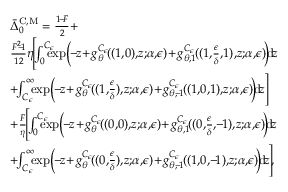
\begin{array} { r l } & { \bar { \Delta } _ { 0 } ^ { \mathrm { C , M } } = \frac { 1 \! - \! F } { 2 } + } \\ & { \frac { F ^ { 2 } \! \! - \! \! 1 } { 1 2 } \eta \! \Bigg [ \! \! \int _ { 0 } ^ { C _ { \epsilon } } \! \! \! \! \! \exp \! \Big ( \! \! - \! \! z \! + \! g _ { \theta } ^ { C _ { \epsilon } } \! ( ( 1 , \! 0 ) , \! z ; \! \alpha , \! \epsilon ) \! + \! g _ { \theta , 1 } ^ { C _ { \epsilon } } \! ( ( 1 , \! \frac { \epsilon } { \delta } , \! 1 ) , \! z ; \! \alpha , \! \epsilon ) \! \Big ) \! \mathrm { d } \! z } \\ & { + \! \! \int _ { C _ { \epsilon } } ^ { \infty } \! \! \! \exp \! \Big ( \! \! - \! \! z \! + \! g _ { \theta } ^ { C _ { \epsilon } } \! ( ( 1 , \! \frac { \epsilon } { \delta } ) , \! z ; \! \alpha , \! \epsilon ) \! + \! g _ { \theta , \! - \! 1 } ^ { C _ { \epsilon } } \! ( ( 1 , \! 0 , \! 1 ) , \! z ; \! \alpha , \! \epsilon ) \! \Big ) \! \mathrm { d } \! z \Bigg ] } \\ & { + \frac { F } { \eta } \! \Bigg [ \! \! \int _ { 0 } ^ { C _ { \epsilon } } \! \! \! \! \! \exp \! \Big ( \! \! - \! \! z \! + \! g _ { \theta } ^ { C _ { \epsilon } } \! ( ( 0 , \! 0 ) , \! z ; \! \alpha , \! \epsilon ) \! + \! g _ { \theta , 1 } ^ { C _ { \epsilon } } \! ( ( 0 , \! \frac { \epsilon } { \delta } , \! - \! 1 ) , \! z ; \! \alpha , \! \epsilon ) \! \Big ) \! \mathrm { d } \! z } \\ & { + \! \! \int _ { C _ { \epsilon } } ^ { \infty } \! \! \! \exp \! \Big ( \! \! - \! \! z \! + \! g _ { \theta } ^ { C _ { \epsilon } } \! ( ( 0 , \! \frac { \epsilon } { \delta } ) , \! z ; \! \alpha , \! \epsilon ) \! + \! g _ { \theta , \! - \! 1 } ^ { C _ { \epsilon } } \! ( ( 1 , \! 0 , \! - \! 1 ) , \! z ; \! \alpha , \! \epsilon ) \! \Big ) \! \mathrm { d } \! z \! \Bigg ] \! , } \end{array}